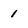
Character: 1